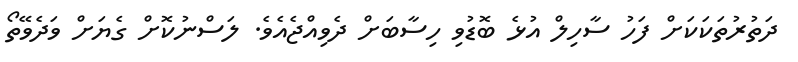
ދަތުރުތަކަކަށް ފަހު ސާހިލް އުޅެ ބޮޑުވި ހިސާބަށް ދެވިއްޖެއެވެ. ލަސްނުކޮށް ގެޔަށް ވަދެވޭތޯ